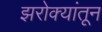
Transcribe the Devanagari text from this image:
झरोक्यांतून